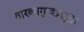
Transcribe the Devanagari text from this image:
तारकागुच्छसुद्धा